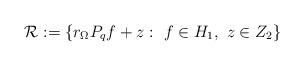
LaTeX: \begin{align*}\mathcal{R}:=\{r_{\Omega} P_q f + z: \ f \in H_1 , \ z \in Z_2 \}\end{align*}